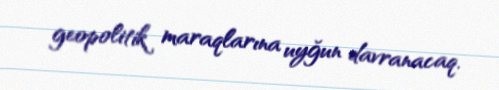
geopolitik maraqlarına uyğun davranacaq.